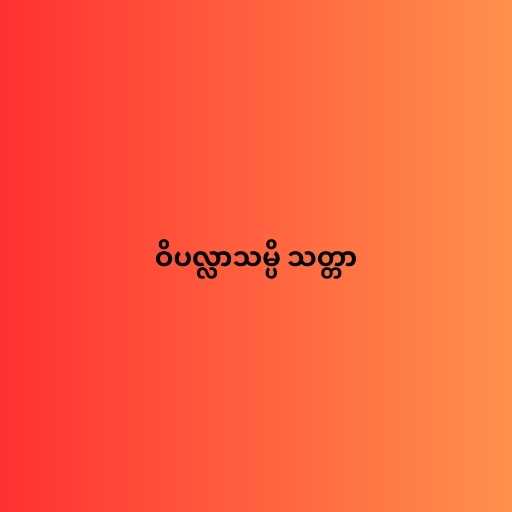
ဝိပလ္လာသမ္ပိ သတ္တာ